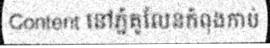
Content នៅភ្នំគូលែនកំពុងកាប់